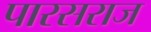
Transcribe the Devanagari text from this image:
पारसराज